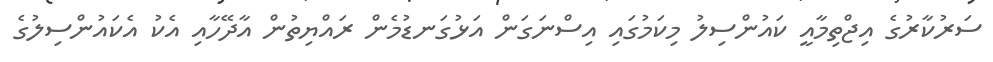
ސަރުކާރުގެ އިޖްތިމާއީ ކައުންސިލު މިކަމުގައި އިސްނަގަން އަޅުގަނޑުމެން ރައްޔިތުން އާދޭހާއި އެކު އެކައުންސިލުގެ